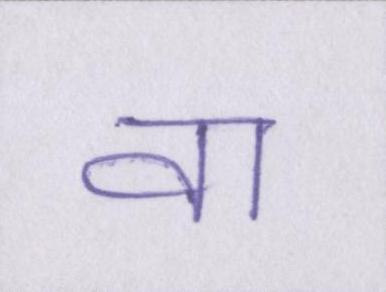
वा